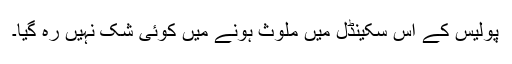
پولیس کے اس سکینڈل میں ملوث ہونے میں کوئی شک نہیں رہ گیا۔